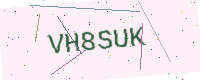
Text: VH8SUK